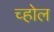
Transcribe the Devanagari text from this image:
च्होल